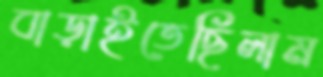
বাড়াইতেছিলাম